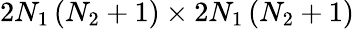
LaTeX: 2N_{1}\left(N_{2}+1\right)\times 2N_{1}\left(N_{2}+1\right)